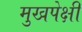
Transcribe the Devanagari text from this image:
मुखपेक्षी